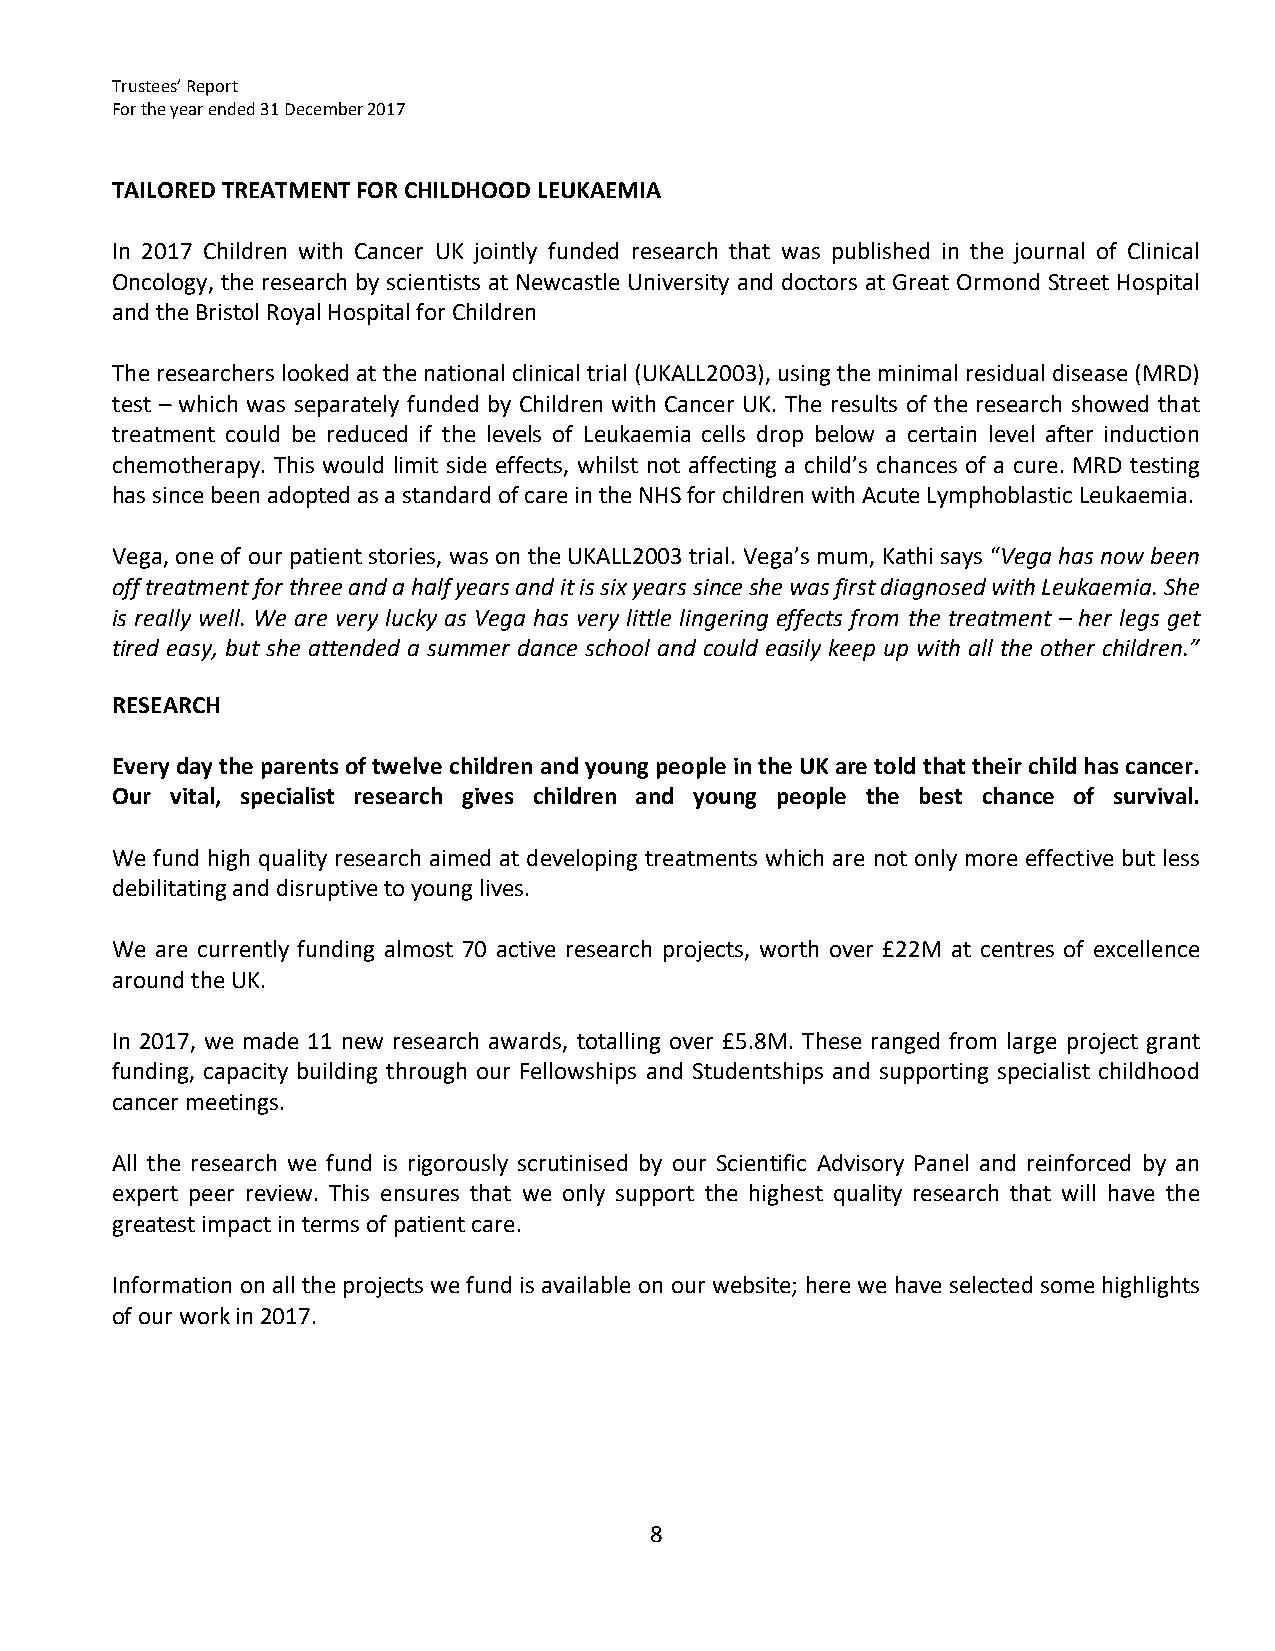
Trustees’ Report
 For the year ended 31 December 2017
 TAILORED TREATMENT FOR CHILDHOOD LEUKAEMIA
 In 2017 Children with Cancer UK jointly funded research that was published in the journal of Clinical
 Oncology, the research by scientists at Newcastle University and doctors at Great Ormond Street Hospital
 and the Bristol Royal Hospital for Children
 The researchers looked at the national clinical trial (UKALL2003), using the minimal residual disease (MRD)
 test – which was separately funded by Children with Cancer UK. The results of the research showed that
 treatment could be reduced if the levels of Leukaemia cells drop below a certain level after induction
 chemotherapy. This would limit side effects, whilst not affecting a child’s chances of a cure. MRD testing
 has since been adopted as a standard of care in the NHS for children with Acute Lymphoblastic Leukaemia.
 Vega, one of our patient stories, was on the UKALL2003 trial. Vega’s mum, Kathi says “Vega has now been
 off treatment for three and a half years and it is six years since she was first diagnosed with Leukaemia. She
 is really well. We are very lucky as Vega has very little lingering effects from the treatment – her legs get
 tired easy, but she attended a summer dance school and could easily keep up with all the other children.”
 RESEARCH
 Every day the parents of twelve children and young people in the UK are told that their child has cancer.
 Our vital, specialist research gives children and young people the best chance of survival.
 We fund high quality research aimed at developing treatments which are not only more effective but less
 debilitating and disruptive to young lives.
 We are currently funding almost 70 active research projects, worth over £22M at centres of excellence
 around the UK.
 In 2017, we made 11 new research awards, totalling over £5.8M. These ranged from large project grant
 funding, capacity building through our Fellowships and Studentships and supporting specialist childhood
 cancer meetings.
 All the research we fund is rigorously scrutinised by our Scientific Advisory Panel and reinforced by an
 expert peer review. This ensures that we only support the highest quality research that will have the
 greatest impact in terms of patient care.
 Information on all the projects we fund is available on our website; here we have selected some highlights
 of our work in 2017.
 8